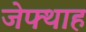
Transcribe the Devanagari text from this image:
जेफ्थाह